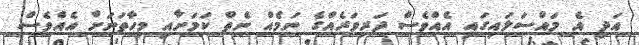
އަދި އެ މައްސަލައިގައި އެއްވެސް ދަރިވަރެއްގެ ނަމެއް ނެތް ކަމަށާއި މިހާތަނަށް އެއްވެސް